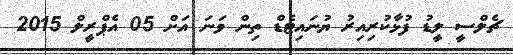
ޗެލްސީ ލީޑު ފުޅާކުރިއިރު ޔުނައިޓެޑް ތިން ވަނަ އަށް 05 އެޕްރީލް 2015